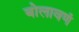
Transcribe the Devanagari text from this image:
बोलावणं